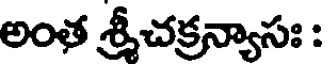
అంత శ్రీచక్రన్యాసః :